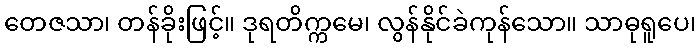
တေဇသာ၊ တန်ခိုးဖြင့်။ ဒုရတိက္ကမေ၊ လွန်နိုင်ခဲကုန်သော။ သာဓုရူပေ၊